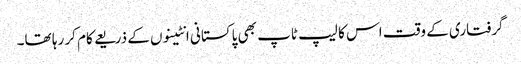
گرفتاری کے وقت اس کا لیپ ٹاپ بھی پاکستانی انٹینوں کے ذریعے کام کر رہا تھا۔